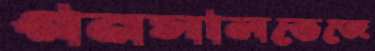
গনসালভেজে